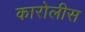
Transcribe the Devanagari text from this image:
कारोलीस